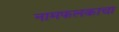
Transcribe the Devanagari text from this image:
नामफलकाचा